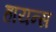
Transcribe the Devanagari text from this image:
हायन्स